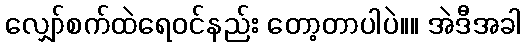
လျှော်စက်ထဲရေ၀င်နည်း တော့တာပါပဲ။။ အဲဒီအခါ